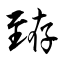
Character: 臶